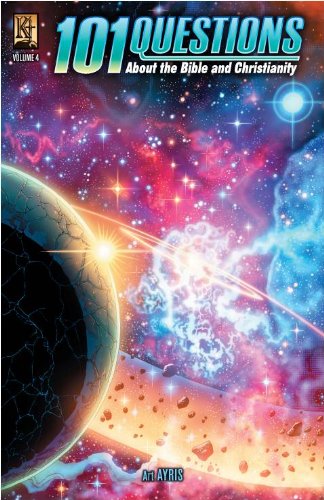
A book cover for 101 Questions Vol. 4; Art Ayris; Comics & Graphic Novels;